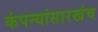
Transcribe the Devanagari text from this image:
कंपन्यांसारखंच